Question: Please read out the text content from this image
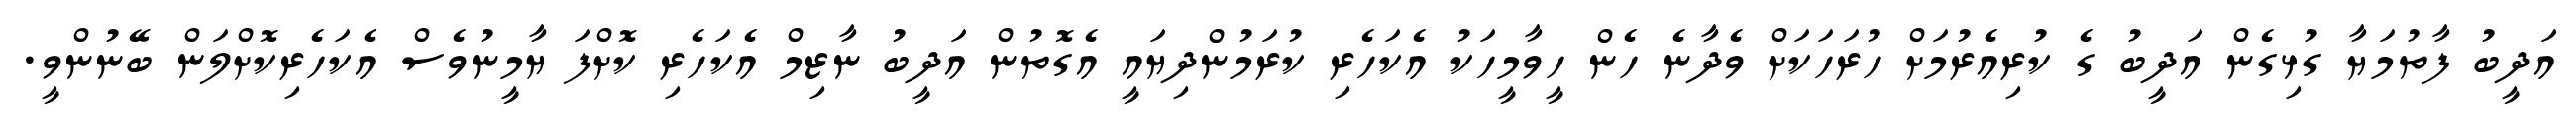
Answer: އަދީބު ފާތުމަޔާ ގުޅިގެން އަދީބު ގެ ކުރިއެރުމަށް ހުރަހަކަށް ވެދާނެ ހެން ހީވާމީހަކު އެކަހެރި ކުރަމުންދިޔައީ އެގޮތުން އަދީބު ނާޒިމް އެކަހެރި ކޮށްފަ ޔާމީނުވެސް އެކަހެރިކޮށްލަން ބޭނުންވީ.